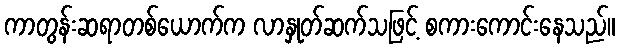
ကာတွန်းဆရာတစ်ယောက်က လာနှုတ်ဆက်သဖြင့် စကားကောင်းနေသည်။